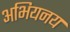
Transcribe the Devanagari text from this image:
अभियनय